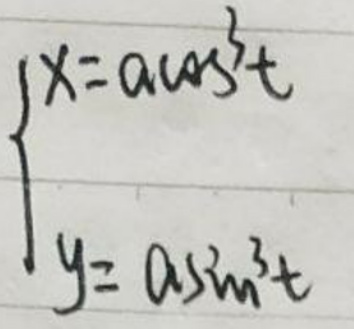
\[
\begin{cases}
x = a\cos^3t\\
y = a\sin^3t
\end{cases}
\]